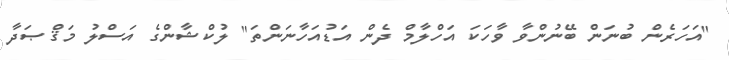
"އަހަރެން ބުނަން ބޭނުންވާ ވާހަކަ އަހްލާމް ދެން އަޑުއަހާނަންތަ" ލުކްޝާންގެ އަސްލު މަޤްޞަދާ